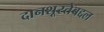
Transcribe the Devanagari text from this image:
दानशूरतेबद्दल